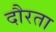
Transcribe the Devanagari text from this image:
दौरता